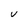
Character: U